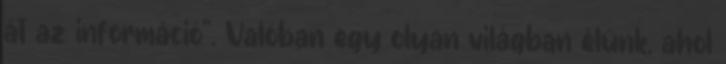
át az információ". Valóban egy olyan világban élünk, ahol